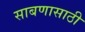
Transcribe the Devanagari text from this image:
साबणासाठी